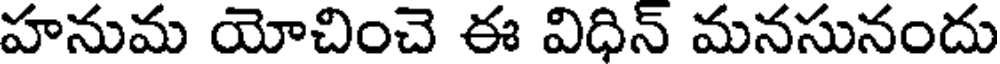
హనుమ యోచించె ఈ విధిన్ మనసునందు